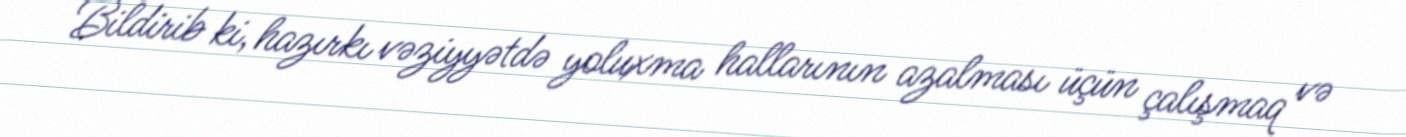
Bildirib ki, hazırkı vəziyyətdə yoluxma hallarının azalması üçün çalışmaq və